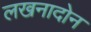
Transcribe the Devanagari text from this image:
लखनादोन